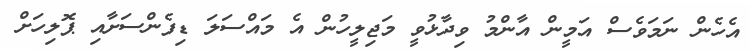
އެހެން ނަމަވެސް އަމީން އާންމު ވިދާޅުވީ މަޖިލީހުން އެ މައްސަލަ ޑިފެންސަށާއި ޕޮލިހަށް